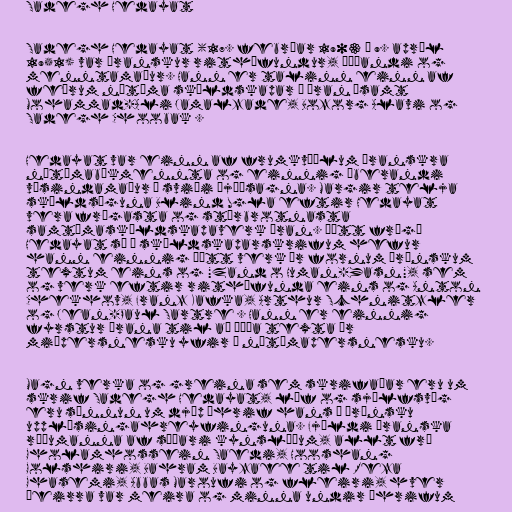
Sadegh Hedayat

Sadegh Hedayat (17. febrúar 1903 – 9. apríl
1951) var íranskur rithöfundur, þýðandi og
menntamaður. Hann er talinn einn af
feðrum nútíma skáldskapar í Íran ásamt
Mohammad-Ali Jamalzade, Bozorg Alavi og
Sadegh Choobak .

Hedayat var einn af frumkvöðlum íranskra
nútímabókmennta og einnig áberandi
vísindamaður á sviði þjóðsagna. Margir telja
skáldsöguna Blind Ugla eftir Hedayat
vera frægasta og stórbrotnasta
samtímaskáldskapaverk Íran. Þótt frægð
Hedayat sé í skáldskaparskrifum hefur
hann einnig þýtt verk úr fornum írönskum
textum eins og "Zand o Human-Yasn", sem
og verk eftir rithöfunda eins og Anton
Chekhov, Franz Kafka, Arthur Schnitzler
og Jean-Paul Sartre . Hann er einnig
fyrstur Írana til að þýða texta úr
miðpersnesku yfir á nútímapersnesku.

Magn verka og greina sem skrifaðar eru um
skrif Sadegh Hedayat, líf og sjálfsvíg
eru sönnun um djúp áhrif hans á írönsku
upplýsingahreyfinguna. Fjöldi íranska
ræðumanna af síðari kynslóðum, allt frá
Gholamhossein Saedi, Hooshang
Golshiri, Bahram Bayzaee til Reza
Ghasemi, Abbas Maroufi og fleiri, hver
þeirra var meira og minna undir áhrifum